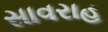
સાવરાહ